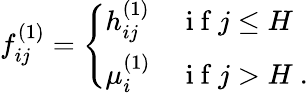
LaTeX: f_{ij}^{(1)}=\left\{ \begin{array}{ll}{h_{ij}^{(1)}}&{\mathrm{~i~f~}j\leq H}\\ {\mu_{i}^{(1)}}&{\mathrm{~i~f~}j>H\ .}\end{array}\right.